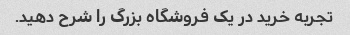
تجربه خرید در یک فروشگاه بزرگ را شرح دهید.